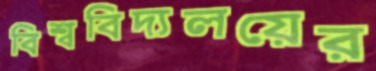
বিশ্ববিদ্যলয়ের